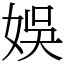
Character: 娛